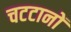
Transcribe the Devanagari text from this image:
चटटानों